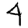
Digit: 4